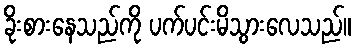
ခိုးစားနေသည်ကို ပက်ပင်းမိသွားလေသည်။